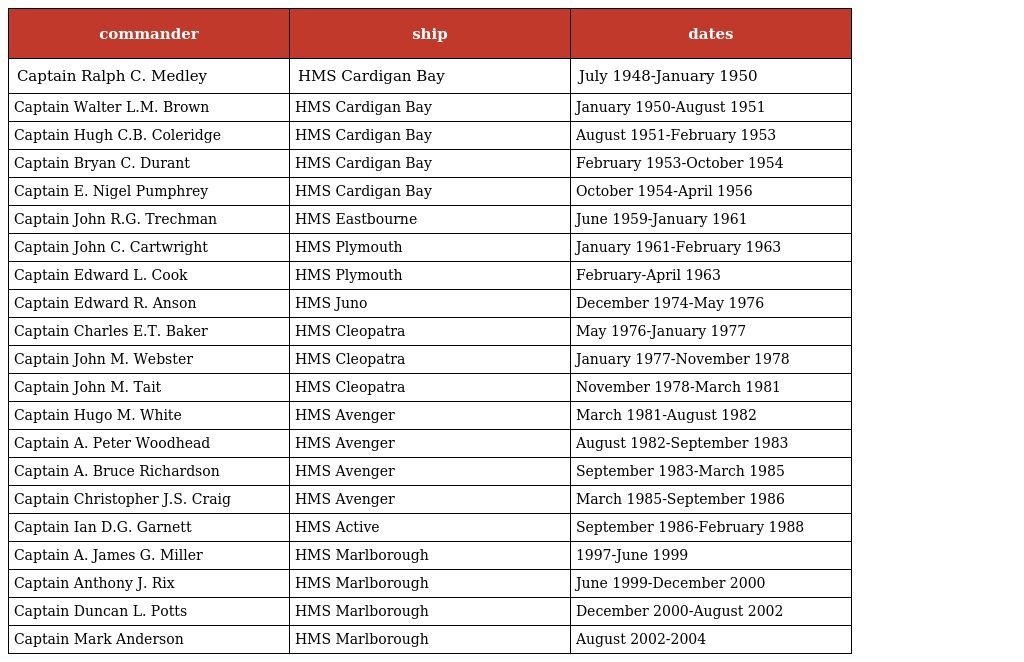
| commander | ship | dates |
 | --- | --- | --- |
 | Captain Ralph C. Medley | HMS Cardigan Bay | July 1948-January 1950 |
 | Captain Walter L.M. Brown | HMS Cardigan Bay | January 1950-August 1951 |
 | Captain Hugh C.B. Coleridge | HMS Cardigan Bay | August 1951-February 1953 |
 | Captain Bryan C. Durant | HMS Cardigan Bay | February 1953-October 1954 |
 | Captain E. Nigel Pumphrey | HMS Cardigan Bay | October 1954-April 1956 |
 | Captain John R.G. Trechman | HMS Eastbourne | June 1959-January 1961 |
 | Captain John C. Cartwright | HMS Plymouth | January 1961-February 1963 |
 | Captain Edward L. Cook | HMS Plymouth | February-April 1963 |
 | Captain Edward R. Anson | HMS Juno | December 1974-May 1976 |
 | Captain Charles E.T. Baker | HMS Cleopatra | May 1976-January 1977 |
 | Captain John M. Webster | HMS Cleopatra | January 1977-November 1978 |
 | Captain John M. Tait | HMS Cleopatra | November 1978-March 1981 |
 | Captain Hugo M. White | HMS Avenger | March 1981-August 1982 |
 | Captain A. Peter Woodhead | HMS Avenger | August 1982-September 1983 |
 | Captain A. Bruce Richardson | HMS Avenger | September 1983-March 1985 |
 | Captain Christopher J.S. Craig | HMS Avenger | March 1985-September 1986 |
 | Captain Ian D.G. Garnett | HMS Active | September 1986-February 1988 |
 | Captain A. James G. Miller | HMS Marlborough | 1997-June 1999 |
 | Captain Anthony J. Rix | HMS Marlborough | June 1999-December 2000 |
 | Captain Duncan L. Potts | HMS Marlborough | December 2000-August 2002 |
 | Captain Mark Anderson | HMS Marlborough | August 2002-2004 |